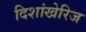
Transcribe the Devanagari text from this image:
दिशांखेरिज